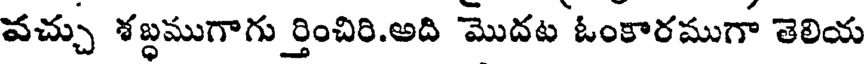
వచ్చు శబ్ధముగాగు ర్తించిరి.అది మొదట ఓంకారముగా తెలియ